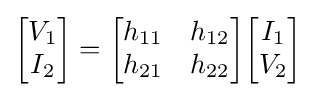
{\begin{bmatrix}V_{1}\\I_{2}\end{bmatrix}}={\begin{bmatrix}h_{11}&h_{12}\\h_{21}&h_{22}\end{bmatrix}}{\begin{bmatrix}I_{1}\\V_{2}\end{bmatrix}}